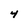
Character: 4